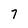
Character: 7